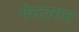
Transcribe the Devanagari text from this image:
पेन्टागन